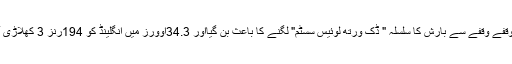
انگلینڈ ٹیم کی بیٹنگ کے دوران وقفے وقفے سے بارش کا سلسلہ " ڈک ورتھ لوئیس سسٹم" لگنے کا باعث بن گیااور 34.3اَوورز میں انگلینڈ کو 194رنز 3 کھلاڑی آؤٹ پر کامیاب قرار دے دیا گیا۔